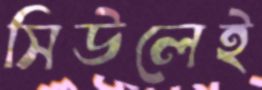
সিউলেই